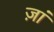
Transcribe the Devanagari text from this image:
ज़ां